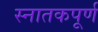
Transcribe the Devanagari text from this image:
स्नातकपूर्ण